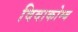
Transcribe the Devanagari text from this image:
विवाकोम्ब